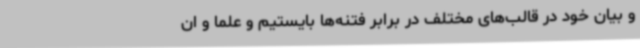
و بیان خود در قالب‌های مختلف در برابر فتنه‌ها بایستیم و علما و ان